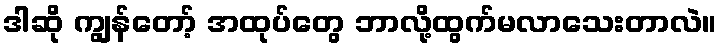
ဒါဆို ကျွန်တော့် အထုပ်တွေ ဘာလို့ထွက်မလာသေးတာလဲ။